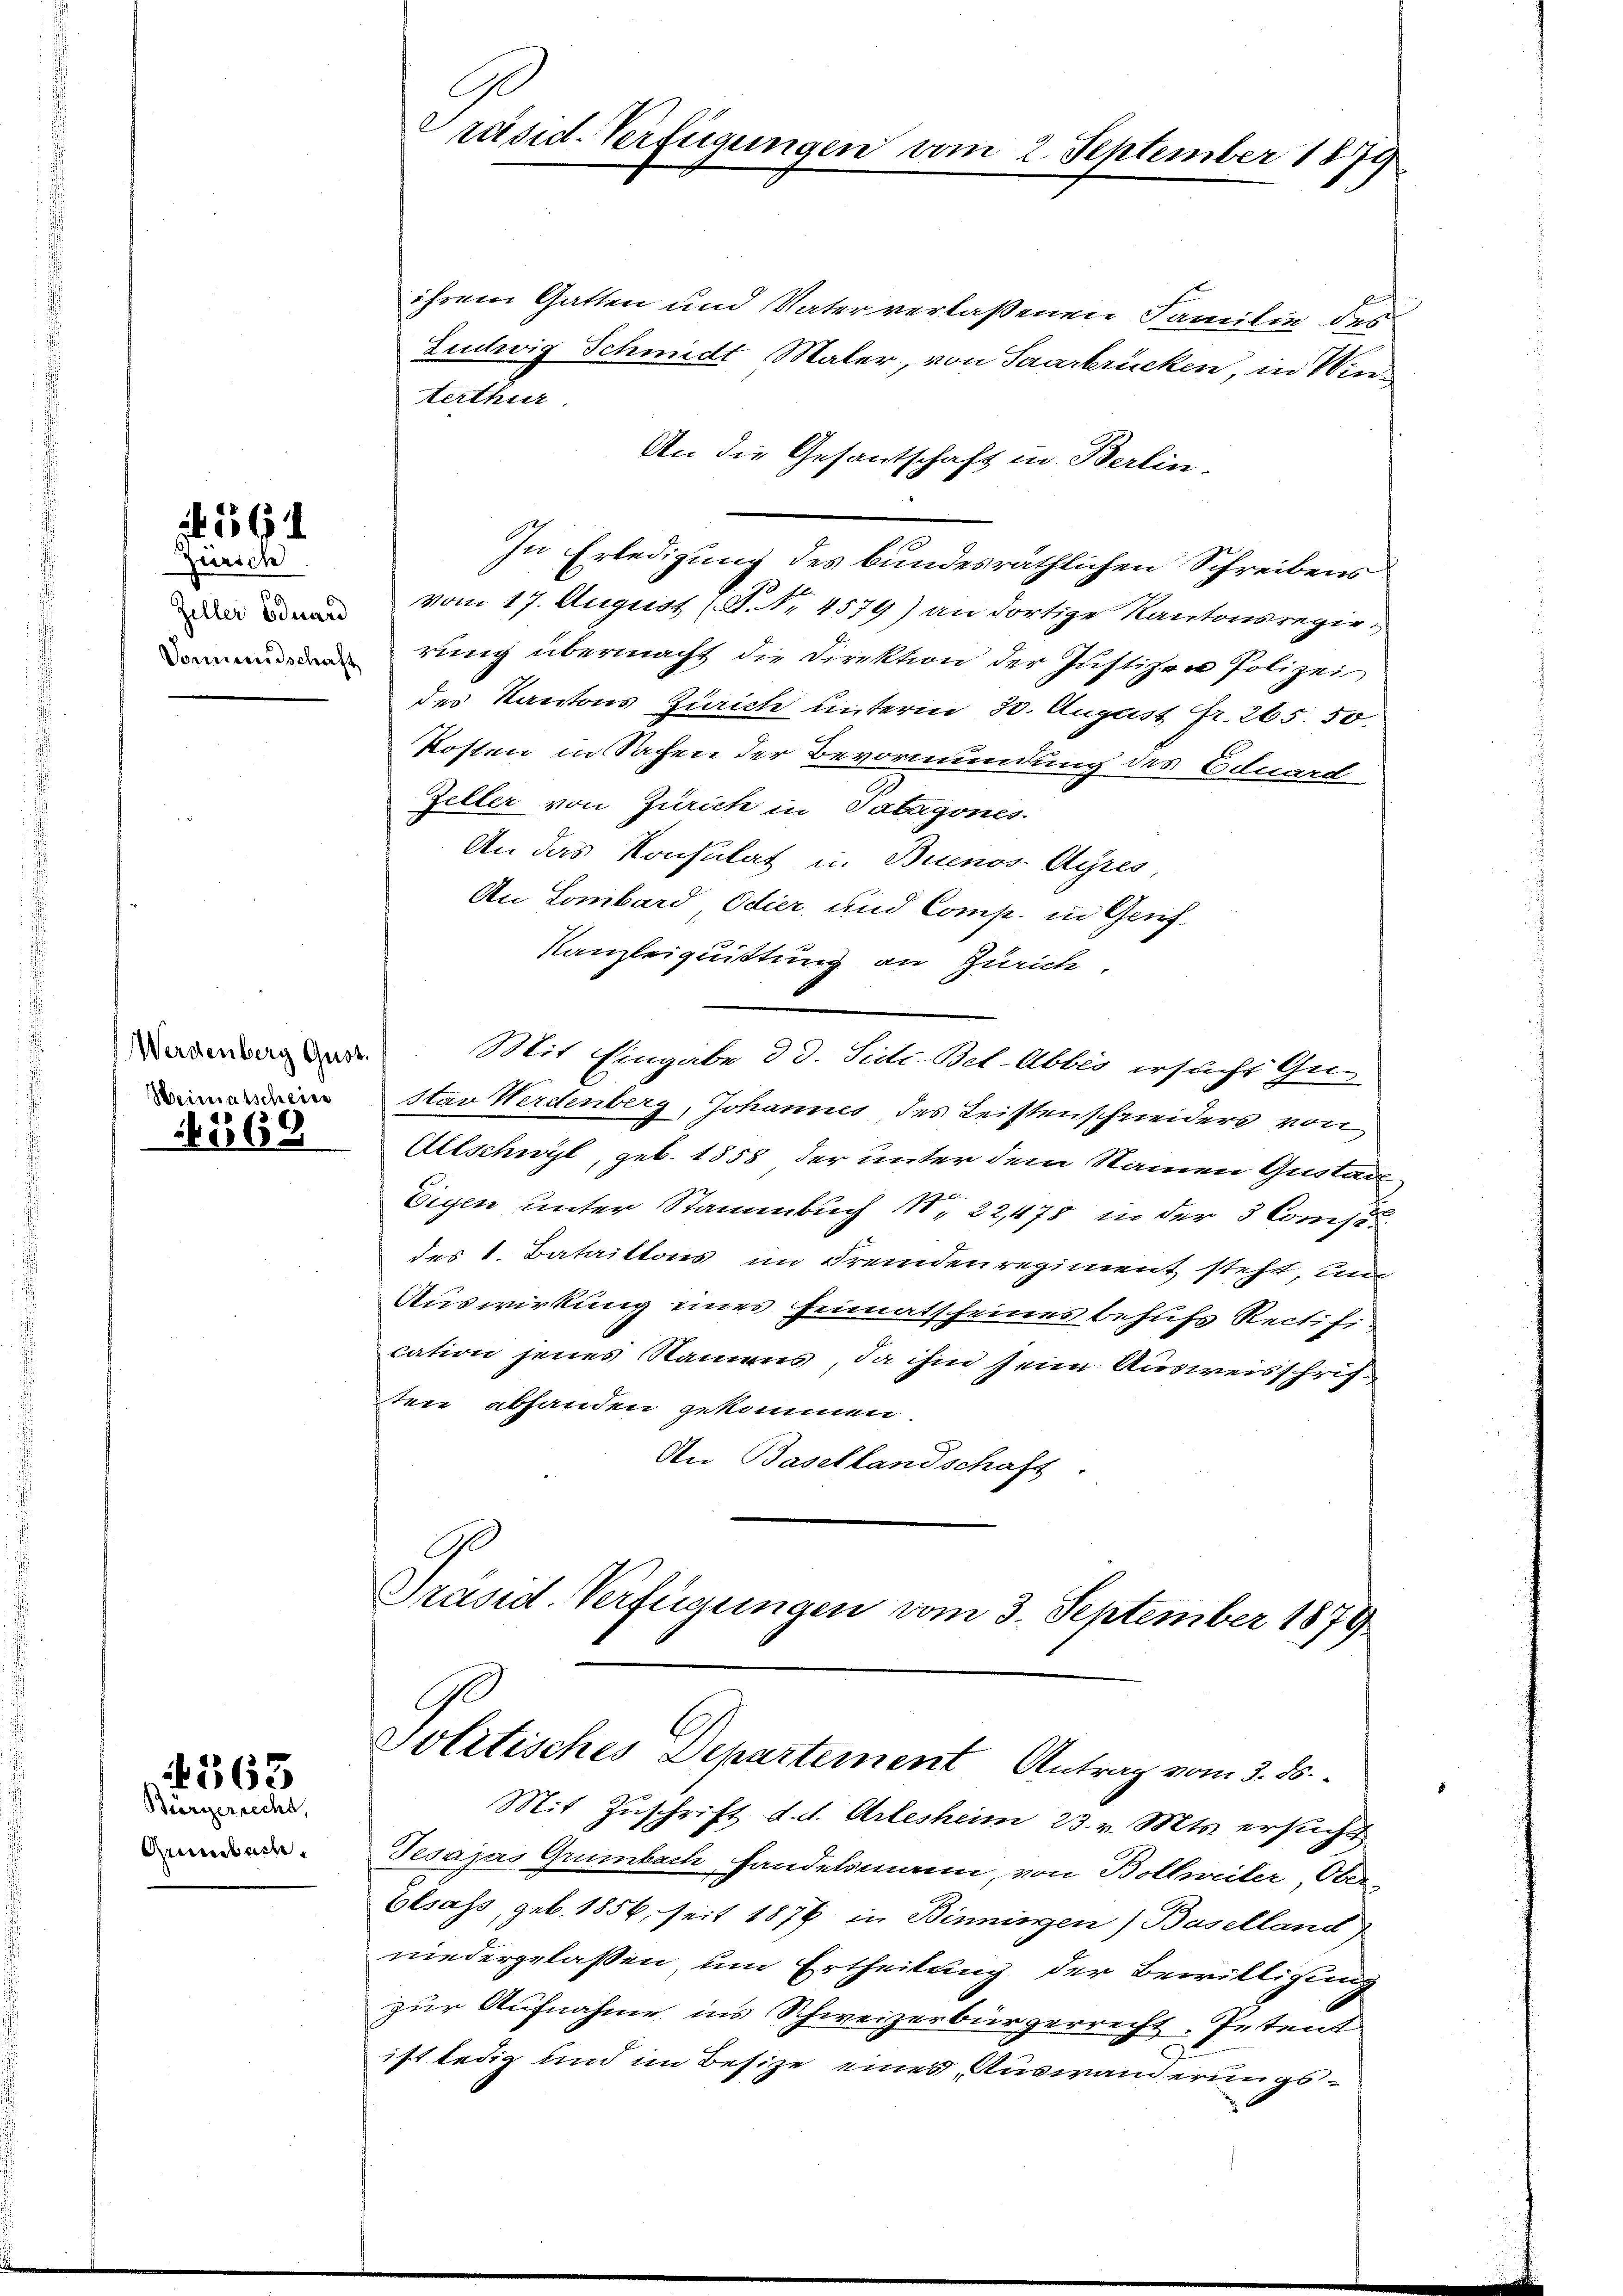
i

1561

Zürich
Ziller Eduard

Weimatscheine

4569

363

Bürgerrecht,
Griesbach.

E
Präsid-Verfügungen vom 2. September 1879

ihrem Gatten und Vater verlaßenen Familie des
Ludwig Schmidt Maler, von Saarbrücken, in Winterthur.
An die Gesantschaft in Berlin-
In Erledigung des bundesräthlichen Schreibens
vom 17. August (S. Nr. 4579) an dortige Kantonsregierung übermacht die Direktion der Justizen Polizei
des Kantons Zürich unterm 30. August fr. 265. 50.
kosten in Sachen der Bevormundung des Eduard
Zeller von Zürich in Sabagones
An das Konsulat in Buenos Ayres,
An Lombard, Odier, und Comp. in Genf
Kanzleiquittung an Zürich.
Werdenberg der Mit Eingabe d d. Siche-Bet-Abbes ersucht Ge-
stav Werdenberg, Johannes, des Leistenschreiders von
Allschwyl, geb. 1858 der unter dem Namen Gustan
x
Eigen unter Stammbuch 1. 22,475, in der 3 Compe
des 1. Bataillons im Fremdenregiment steht, un
Auswirkung eines Heimatscheines behufs Rectification jenes Stammes, da ihm seine Ausweisschriften abhanden gekommen.
An Basellandschaft.
Präsid-Verfügungen vom 3. September 1879

Mit Zuschrift d. d. Arlesheim 23. v. Mts. ersucht
Jesajas Grünbach handelsmann, von Bollweiler, Oberbesass, geb. 1856, seit 1876 in Binningen) Baselland
niedergelassen um Ertheilung der Bewilligung
zur Aufnahme ins Schweizerbürgerrecht, Petent
ist ledig und im Besize eines Auswanderungs¬

Solitisches Departement Antrag vom 3. ds.